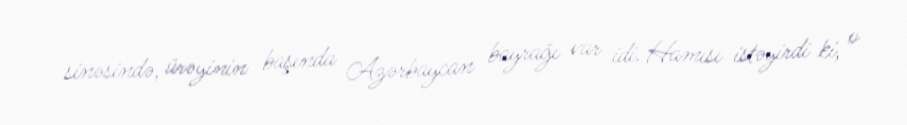
sinəsində, ürəyinin başında Azərbaycan bayrağı var idi. Hamısı istəyirdi ki, o